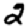
Digit: 2